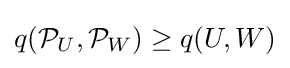
q({\mathcal {P}}_{U},{\mathcal {P}}_{W})\geq q(U,W)